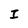
Character: I